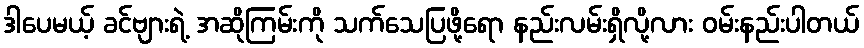
ဒါပေမယ့် ခင်ဗျားရဲ့ အဆိုကြမ်းကို သက်သေပြဖို့ရော နည်းလမ်းရှိလို့လား ဝမ်းနည်းပါတယ်